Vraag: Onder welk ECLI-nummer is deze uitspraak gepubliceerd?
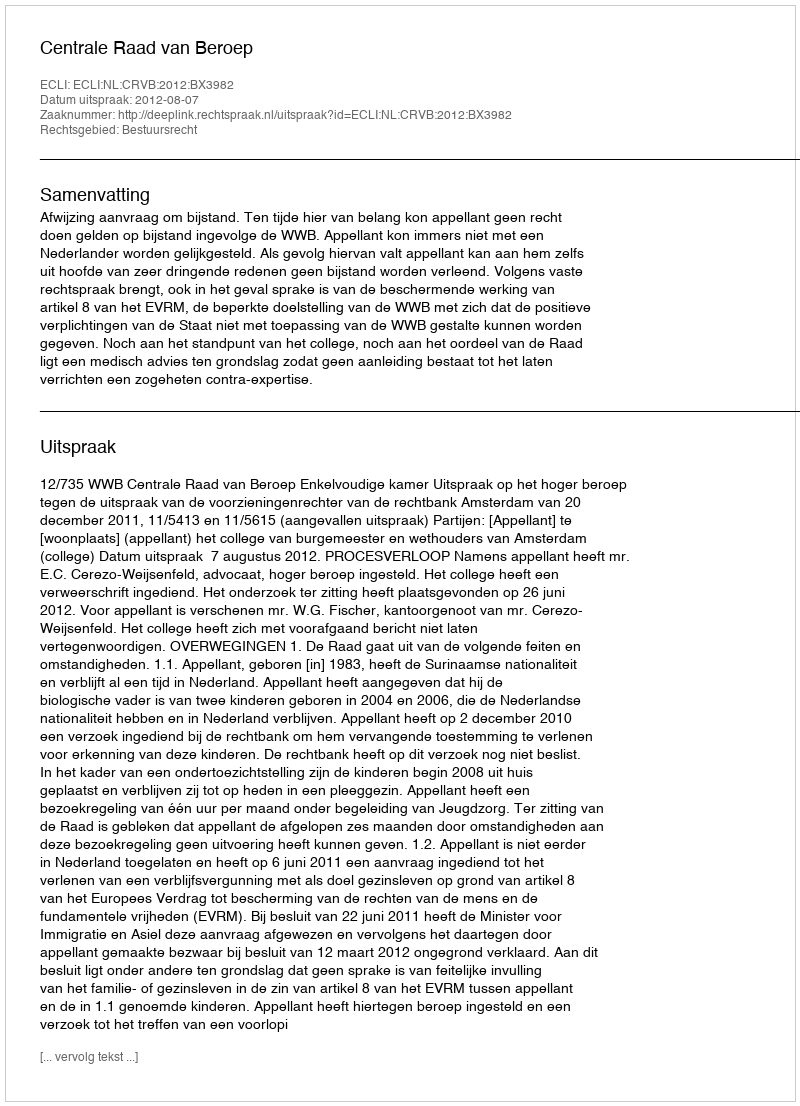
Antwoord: ECLI:NL:CRVB:2012:BX3982